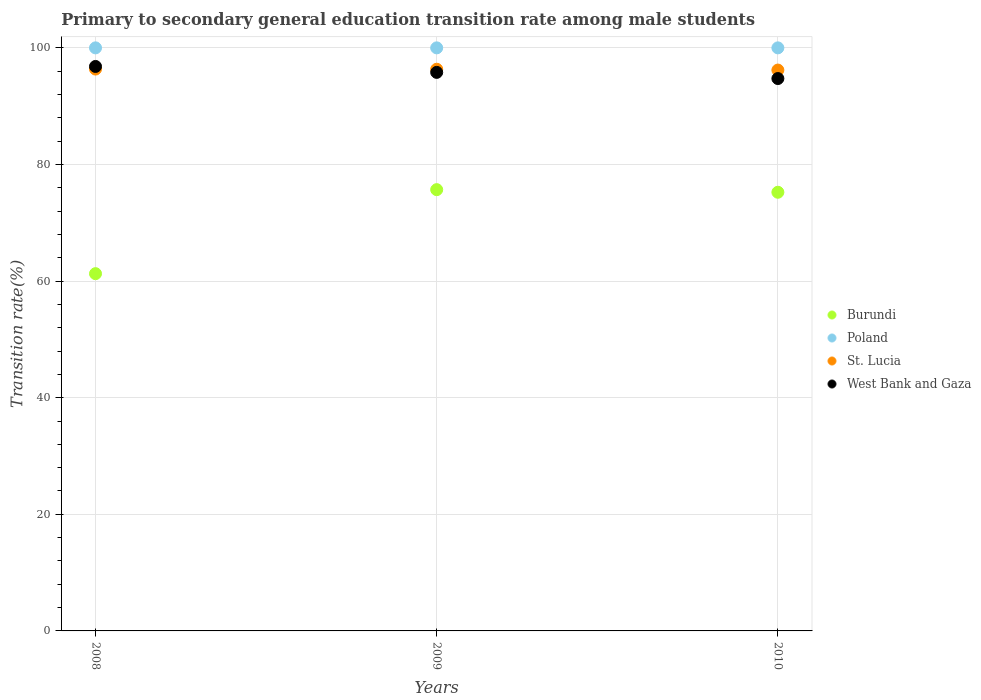
| Years | Burundi | Poland | St. Lucia | West Bank and Gaza |
 | --- | --- | --- | --- | --- |
 | 2008 | 61.3 | 100 | 96.4 | 96.8 |
 | 2009 | 75.7 | 100 | 96.3 | 95.8 |
 | 2010 | 75.2 | 100 | 96.2 | 94.7 |